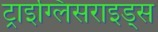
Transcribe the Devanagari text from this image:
ट्राइग्लिसराइड्स